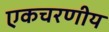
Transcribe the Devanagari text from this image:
एकचरणीय